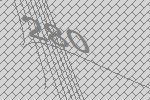
280